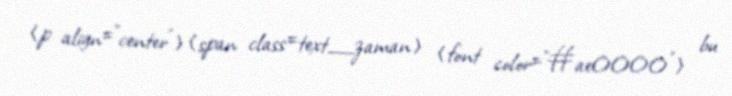
<p align="center"><span class=text_zaman> <font color="#ae0000"> bu